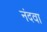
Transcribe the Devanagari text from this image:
नंदवा